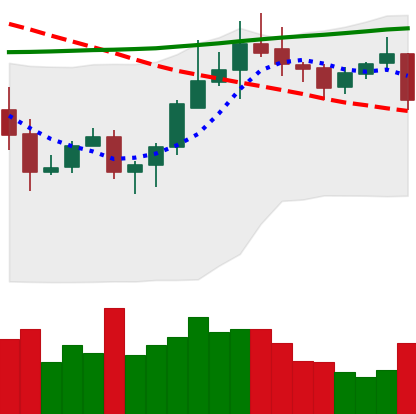
Ticker: ADA-USD
Chart end date: 2020-10-20
Forward return: 3.763%
Label: up_3_5